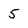
Character: 5